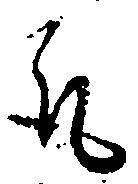
取